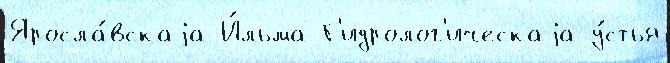
Яросла́вскаjа И́льма Г'идролог'ическаjа у́стья